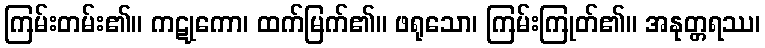
ကြမ်းတမ်း၏။ ကဋုကော၊ ထက်မြက်၏။ ဖရုသော၊ ကြမ်းကြုတ်၏။ အနုတ္တရဿ၊